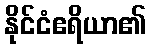
နိုင်ငံဧရိယာ၏